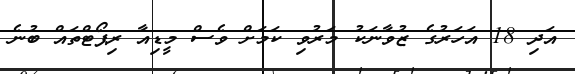
އަދި 18 އަހަރުގެ ޒުވާނަކު މަރުވި ކަމަށް ވެސް މީޑިއާ ރިޕޯޓްތައް ބުނެ